Civil Veterinary Department. Central Provinces & Berar 1932-41 - 1932-1941
Year: 1932
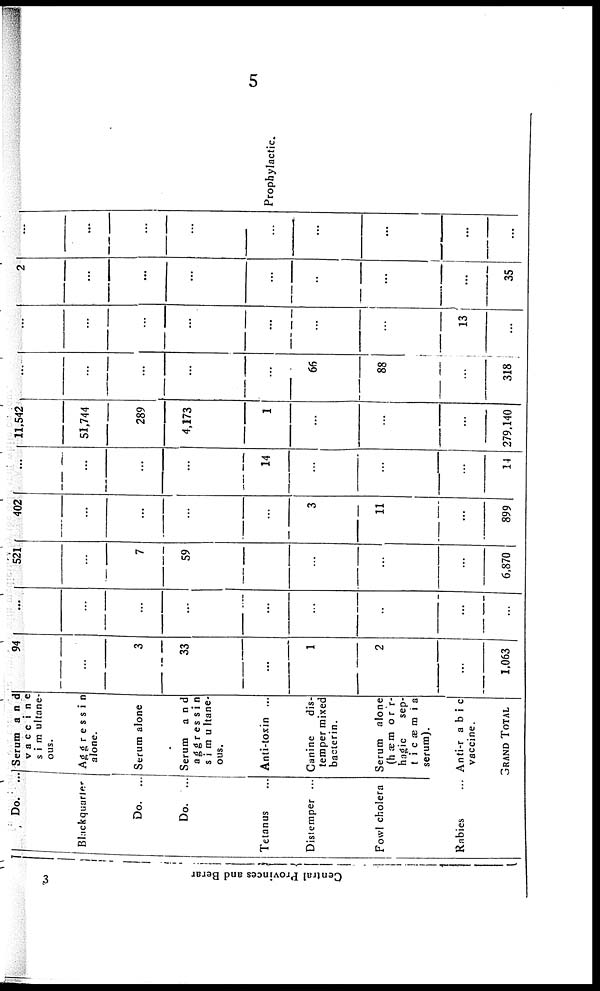
5
3 Central Provinces and Berar
Do. ...
Blackquarter
Do. ...
Do. ...
Tetanus ...
Distemper ...
Fowl cholera
Rabies ...
Serum
and
vaccine
simultane-
ous.
Aggressin
alone.
Serum alone
Serum
and
aggressin
simultane¬
ous.
Anti-toxin ...
Canine
dis-
temper mixed
bacterin.
Serum alone
hæmorr¬
hagic
sep¬
ticæmia
serum).
Anti-r abic
vaccine.
GRAND TOTAL
94
...
3
33
...
1
2
...
1,063
...
...
...
...
...
...
...
...
...
521
...
7
59
...
...
...
...
6,870
402
...
...
...
...
3
11
...
899
...
...
...
...
14
...
...
...
14
11,542
51,744
289
4,173
1
...
...
...
279,140
...
...
...
...
...
66
88
...
318
...
...
...
...
...
...
...
13
...
2
...
...
...
...
...
...
...
35
...
...
...
...
...
...
...
...
...
Prophylactic.